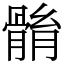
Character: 䯚